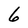
Character: 6